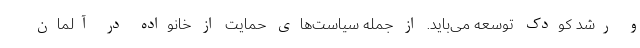
و رشد کودک توسعه می‌باید. از جمله سیاست‌های حمایت از خانواده در آلمان